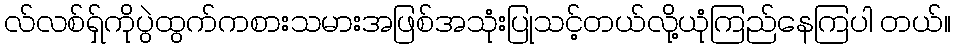
လ်လစ်ရှ်ကိုပွဲထွက်ကစားသမားအဖြစ်အသုံးပြုသင့်တယ်လို့ယုံကြည်နေကြပါ တယ်။